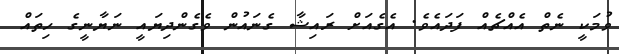
ވުމަކީ ނެތް އެއްޗެއް ފަދައެވެ. އެގެއަށް ރައިޝާ ގެނައުން ވެގެންދިޔައީ ނަޔާނީގެ ހިތައް